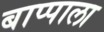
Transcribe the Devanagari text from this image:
बाप्पाला